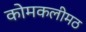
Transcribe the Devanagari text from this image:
कोमकलीमठ